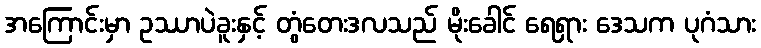
အကြောင်းမှာ ဥဿာပဲခူးနှင့် တွံတေးဒလသည် မိုးခေါင် ရေရှား ဒေသက ပုဂံသား